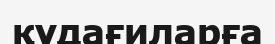
құдағиларға